Leprosy in India: report of the Leprosy Commission in India, 1890-91
Year: 1890
Disease focus: Leprosy
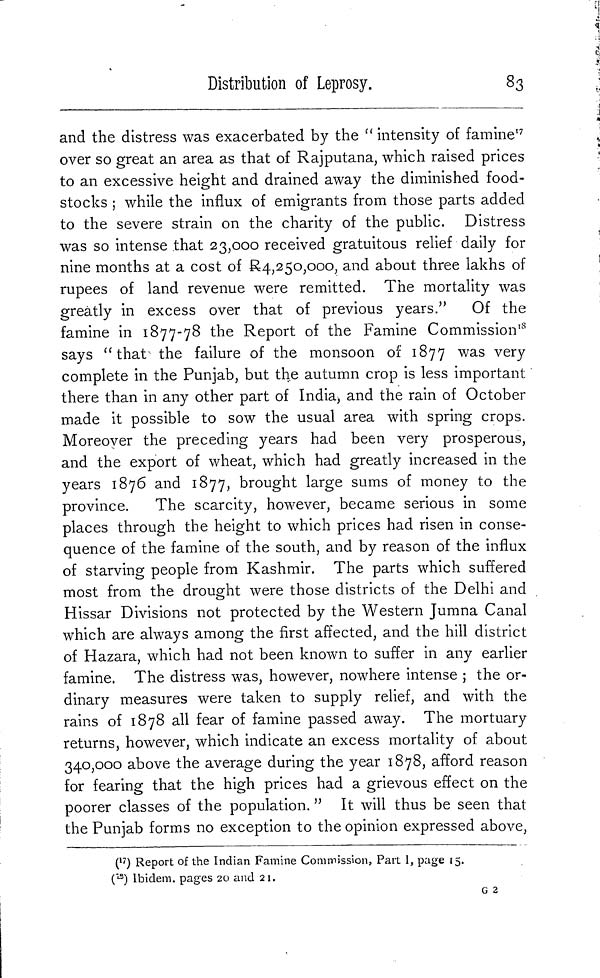
Distribution of Leprosy.
83
and the distress was exacerbated by the " intensity of famine 17
over so great an area as that of Rajputana, which raised prices
to an excessive height and drained away the diminished food-
stocks ; while the influx of emigrants from those parts added
to the severe strain on the charity of the public. Distress
was so intense that 23,000 received gratuitous relief daily for
nine months at a cost of R4,250,000, and about three lakhs of
rupees of land revenue were remitted. The mortality was
greatly in excess over that of previous years." Of the
famine in 1877-78 the Report of the Famine Commission 18
says "that' the failure of the monsoon of 1877 was very
complete in the Punjab, but the autumn crop is less important
there than in any other part of India, and the rain of October
made it possible to sow the usual area with spring crops.
Moreover the preceding years had been very prosperous,
and the export of wheat, which had greatly increased in the
years 1876 and 1877, brought large sums of money to the
province.
The scarcity, however, became serious in some
places through the height to which prices had risen in conse-
quence of the famine of the south, and by reason of the influx
of starving people from Kashmir. The parts which suffered
most from the drought were those districts of the Delhi and
Hissar Divisions not protected by the Western Jumna Canal
which are always among the first affected, and the hill district
of Hazara, which had not been known to suffer in any earlier
famine. The distress was, however, nowhere intense ; the or-
dinary measures were taken to supply relief, and with the
rains of 1878 all fear of famine passed away. The mortuary
returns, however, which indicate an excess mortality of about
340,000 above the average during the year 1878, afford reason
for fearing that the high prices had a grievous effect on the
poorer classes of the population. " It will thus be seen that
the Punjab forms no exception to the opinion expressed above,
( 17 ) Report of the Indian Famine Commission, Part 1, page 15.
( 18 ) Ibidem, pages 20 and 21.
G 2